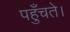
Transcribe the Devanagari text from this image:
पहुँचते।